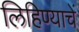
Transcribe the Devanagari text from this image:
लिहिण्याचें